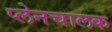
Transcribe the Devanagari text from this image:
प्लेनचालक